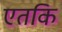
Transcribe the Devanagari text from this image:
एतकि